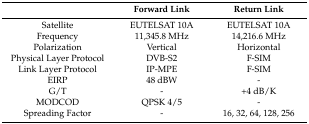
|  | Forward Link | Return Link |
 | --- | --- | --- |
 | Satellite | EUTELSAT 10A | EUTELSAT 10A |
 | Frequency | 11,345.8 MHz | 14,216.6 MHz |
 | Polarization | Vertical | Horizontal |
 | Physical Layer Protocol | DVB-S2 | F-SIM |
 | Link Layer Protocol | IP-MPE | F-SIM |
 | EIRP | 48 dBW | - |
 | G/T | - | +4 dB/K |
 | MODCOD | QPSK 4/5 | - |
 | Spreading Factor | - | 16, 32, 64, 128, 256 |